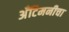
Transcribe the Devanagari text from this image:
अँटिमनीचा